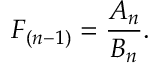
F _ { ( n - 1 ) } = \frac { A _ { n } } { B _ { n } } .